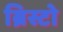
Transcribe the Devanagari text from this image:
ब्रिस्टो